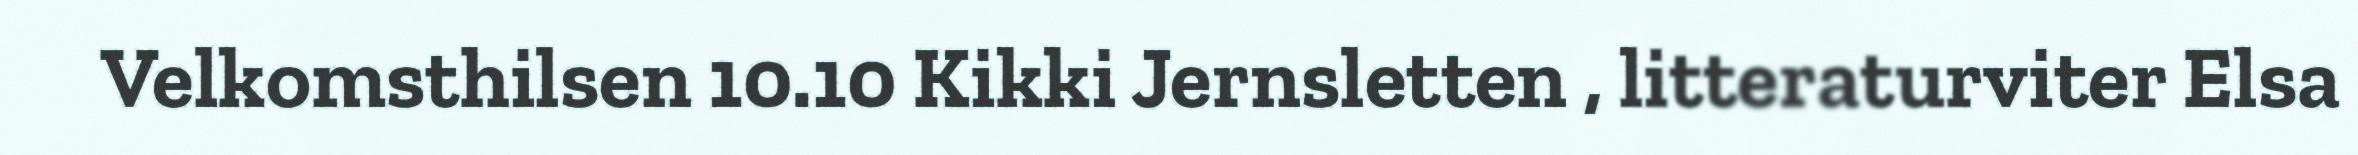
Velkomsthilsen 10.10 Kikki Jernsletten , litteraturviter Elsa